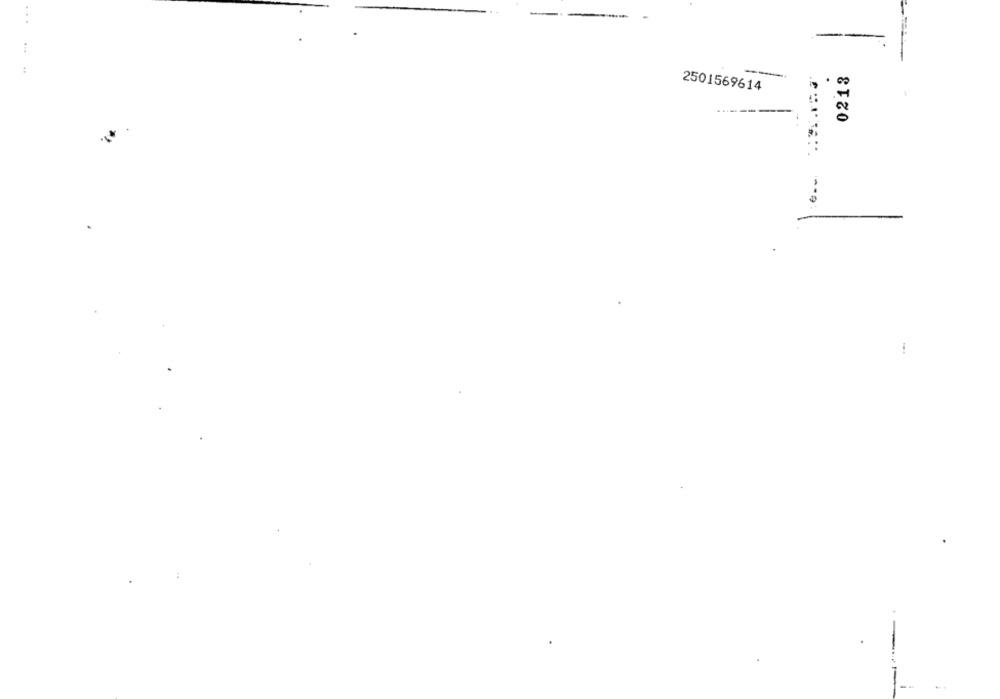
...
0213
2501569614